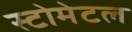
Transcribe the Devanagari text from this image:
स्टोमेटल